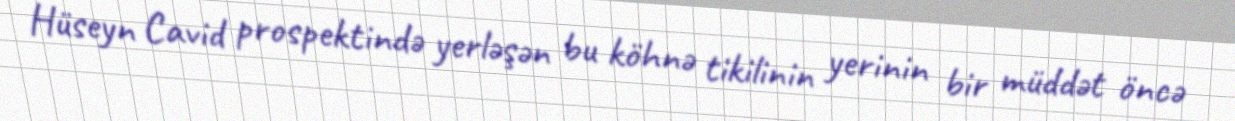
Hüseyn Cavid prospektində yerləşən bu köhnə tikilinin yerinin bir müddət öncə